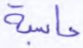
حاسبة